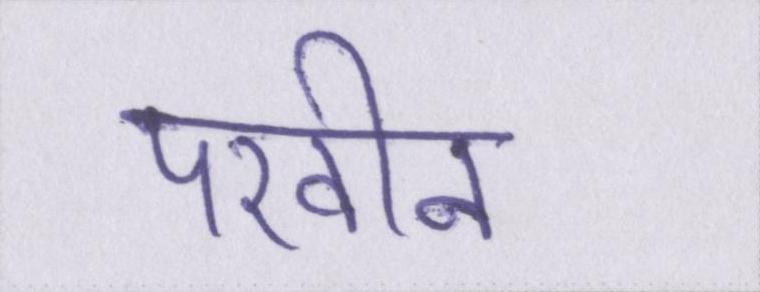
परवीन